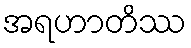
အရဟာတိဿ